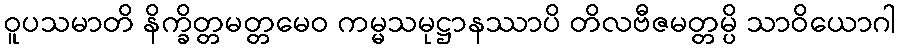
ဝူပသမာတိ နိက္ခိတ္တမတ္တမေဝ ကမ္မသမုဋ္ဌာနဿာပိ တိလဗီဇမတ္တမ္ပိ သာဝိယောဂါ